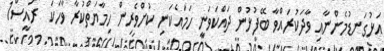
އަޅުގަނޑުމެންނާއި ވާދަކުރައްވާ ބޭފުޅުން ދައްކަވަނީ ހަމައެކަނި ކުށްވެރިން ހިމާޔަތްކުރާ ވާހަކަ  ރައީސް1